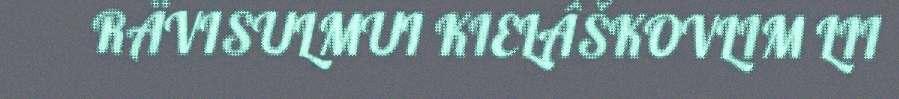
RÄVISULMUI KIELÂŠKOVLIM LII